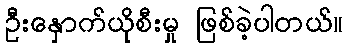
ဦးနှောက်ယိုစီးမှု ဖြစ်ခဲ့ပါတယ်။